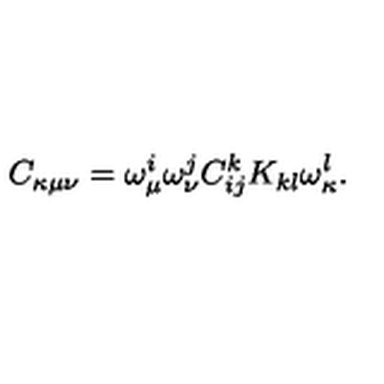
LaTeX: C _ { \kappa \mu \nu } = \omega _ { \mu } ^ { i } \omega _ { \nu } ^ { j } C _ { i j } ^ { k } K _ { k l } \omega _ { \kappa } ^ { l } .